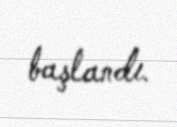
başlandı.